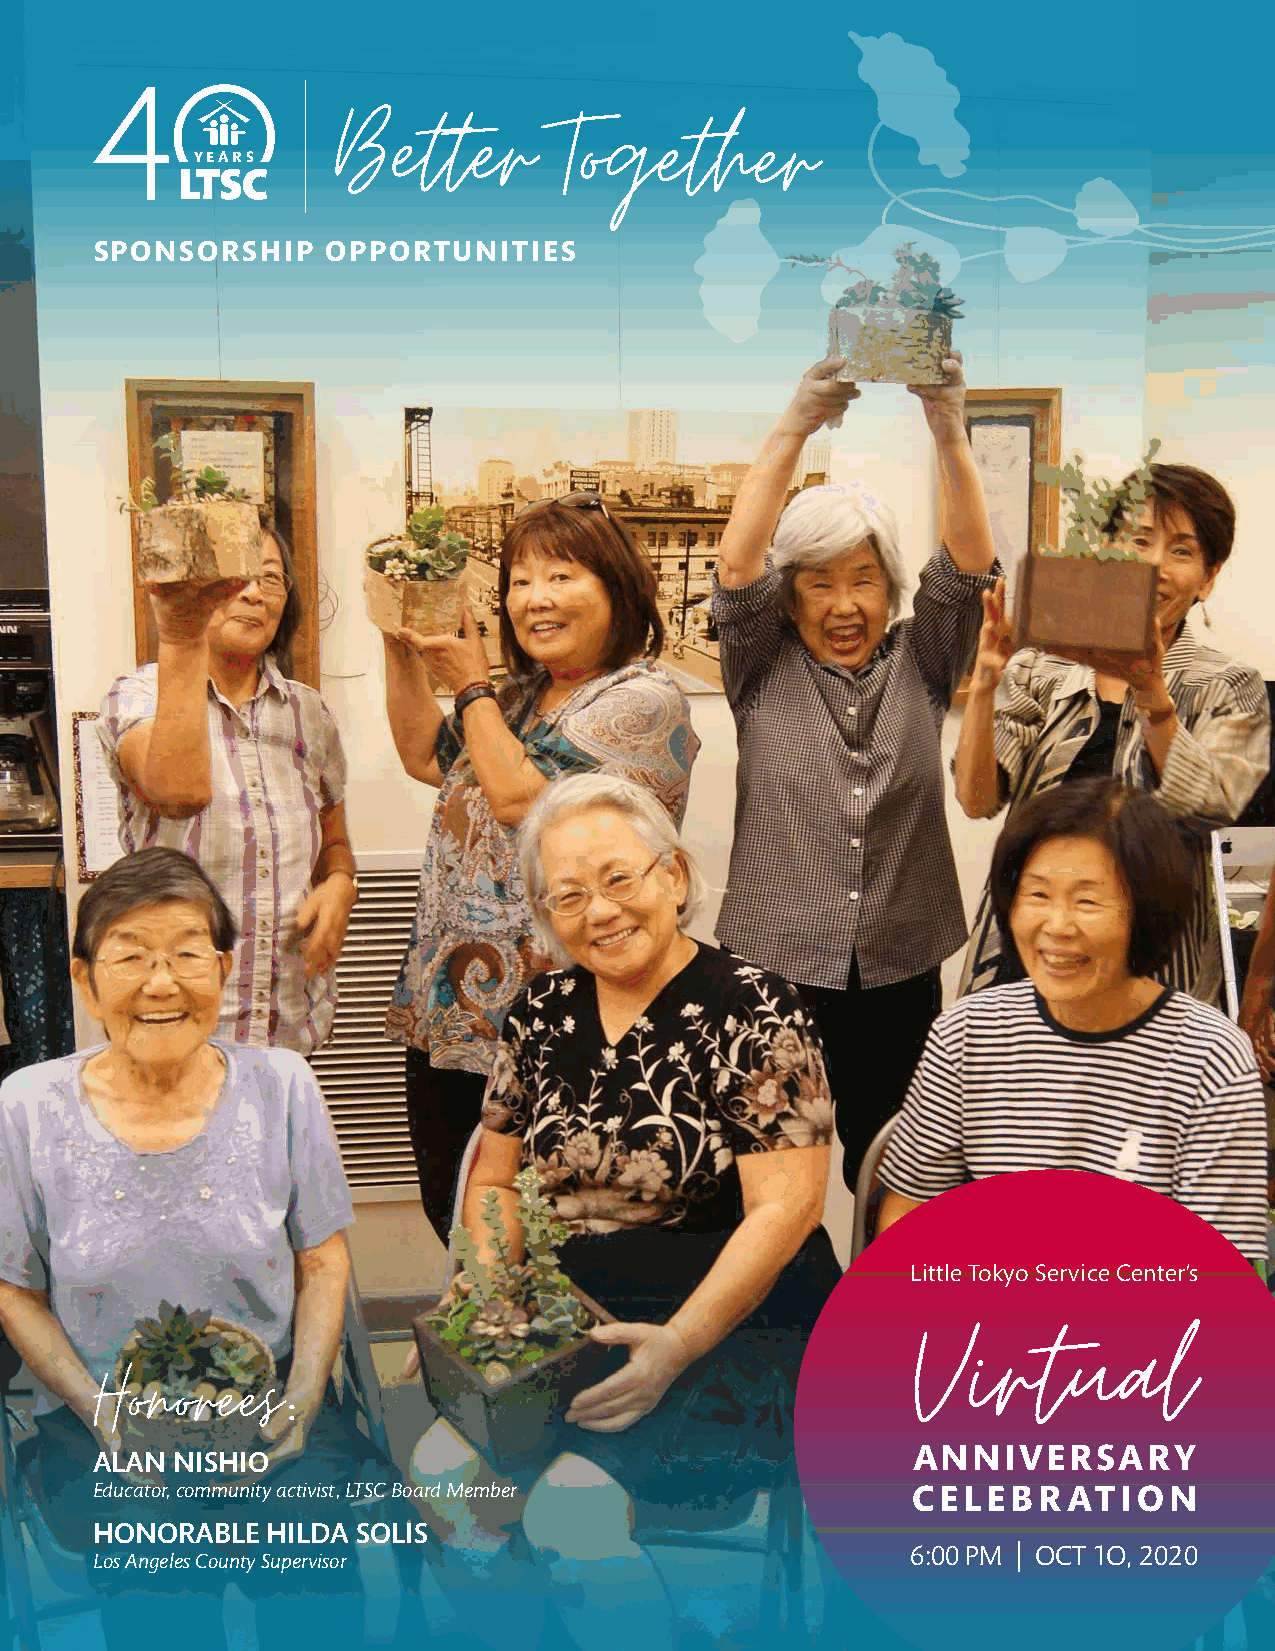
Better        Together
 YEARS
 SPONSORSHIP     OPPORTUNITIES
 Little Tokyo Service Center’s
 Virtual
 Honorees
 :
 ALAN NISHIO                                           ANNIVERSARY
 Educator, community activist, LTSC Board Member       CELEBRATION
 HONORABLE   HILDA SOLIS
 6:00 PM | OCT 1O, 2020
 Los Angeles County Supervisor